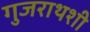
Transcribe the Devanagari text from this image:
गुजराथशी